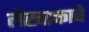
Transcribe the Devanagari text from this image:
लेखाकाचे